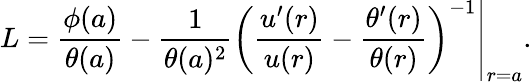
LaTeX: L=\frac{\phi(a)}{\theta(a)}-\frac{1}{\theta(a)^{2}}\left.\left(\frac{u^{\prime}(r)}{u(r)}-\frac{\theta^{\prime}(r)}{\theta(r)}\right)^{-1}\right|_{r=a}.